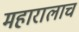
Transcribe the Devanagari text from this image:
महारालाच